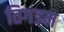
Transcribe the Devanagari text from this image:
तिगडम